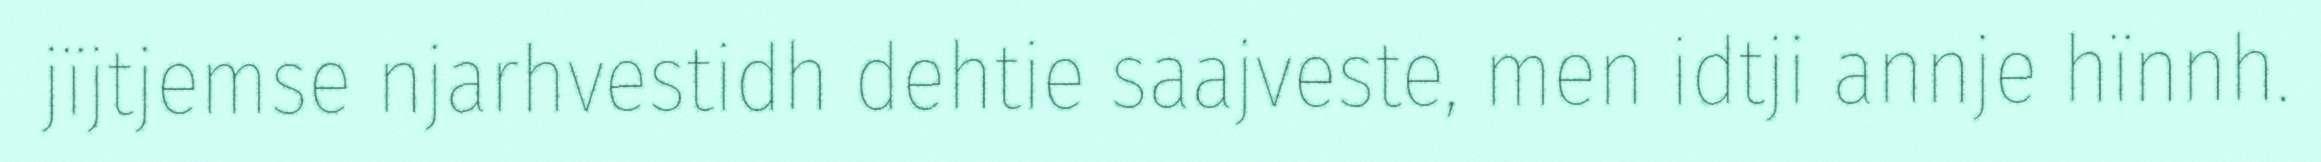
jïjtjemse njarhvestidh dehtie saajveste, men idtji annje hïnnh.